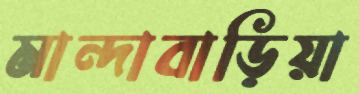
মান্দাবাড়িয়া